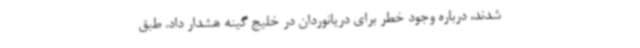
شدند، درباره وجود خطر برای دریانوردان در خلیج گینه هشدار داد. طبق